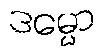
ဒမ္မော